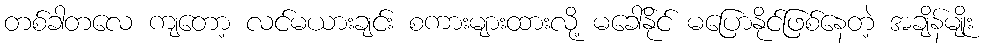
တစ်ခါတလေ ကျတော့ လင်မယားချင်း စကားများထားလို့ မခေါ်နိုင် မပြောနိုင်ဖြစ်နေတဲ့ အချိန်မျိုး